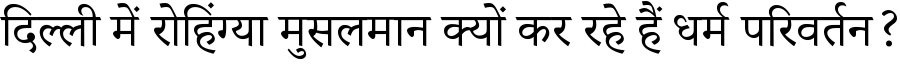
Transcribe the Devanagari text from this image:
दिल्ली में रोहिंग्या मुसलमान क्यों कर रहे हैं धर्म परिवर्तन?